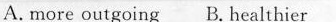
A. more outgoing B. Healthier